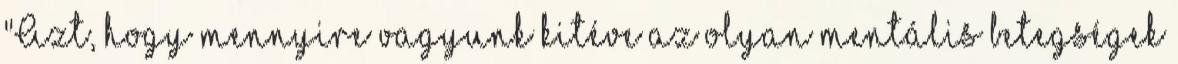
"Azt, hogy mennyire vagyunk kitéve az olyan mentális betegségek